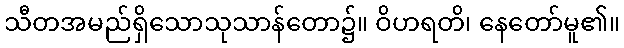
သီတအမည်ရှိသောသုသာန်တော၌။ ဝိဟရတိ၊ နေတော်မူ၏။